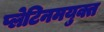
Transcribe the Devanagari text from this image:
प्लेटिनमयुक्त